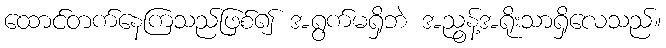
ထောင်တက်နေကြသည်ဖြစ်၍ အရွက်မရှိဘဲ အညွန့်အရိုးသာရှိလေသည်။